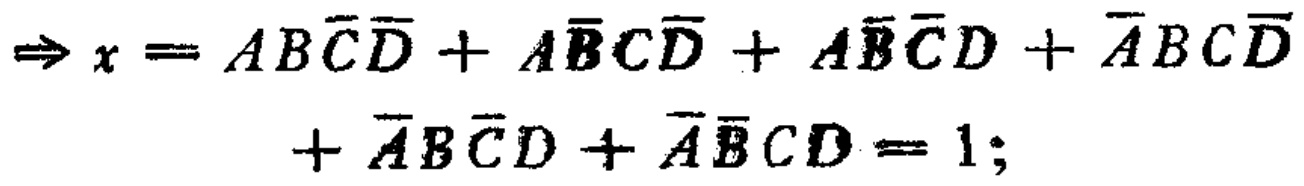
\[\Rightarrow x = AB\overline{C}\overline{D}+A\overline{B}C\overline{D}+A\overline{B}\overline{C}D+\overline{A}BCD\overline{}\\+\overline{A}B\overline{C}D+\overline{A}\overline{B}CD = 1;\]